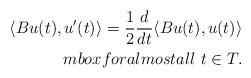
LaTeX: \begin{align*}\langle Bu(t), u'(t)\rangle = \frac{1}{2}\frac{d}{dt} \langle Bu(t), u(t)\rangle\\mbox{for almost all}\ t\in T.\end{align*}